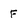
Character: F